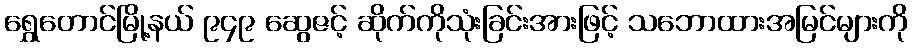
ရွှေတောင်မြို့နယ် ၉၄၉ ဆွေဇင့် ဆိုက်ကိုသုံးခြင်းအားဖြင့် သဘောထားအမြင်များကို